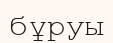
бұруы